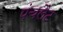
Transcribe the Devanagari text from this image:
पंचलैट